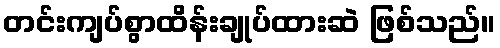
တင်းကျပ်စွာထိန်းချုပ်ထားဆဲ ဖြစ်သည်။